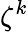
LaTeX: \zeta^{k}